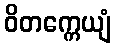
ဝိတက္ကေယျံ